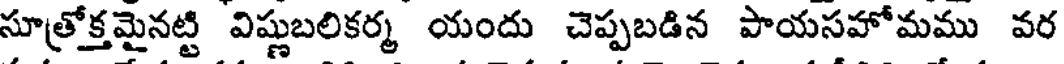
సూత్రోక్తమైనట్టి విష్ణుబలికర్మ యందు చెప్పబడిన పాయసహోమము వర